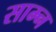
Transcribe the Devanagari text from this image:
साम्न